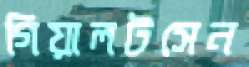
গিয়ালটসেন